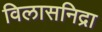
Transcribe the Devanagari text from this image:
विलासनिद्रा